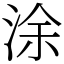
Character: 涂